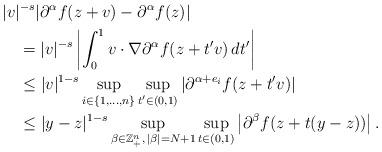
LaTeX: \begin{align*}&|v|^{-s}|\partial^\alpha f(z+v)-\partial^\alpha f(z)|\\&\quad=|v|^{-s}\left|\int_0^1v\cdot\nabla\partial^\alpha f(z+t'v)\,dt' \right| \\&\quad\leq|v|^{1-s}\sup_{i\in\{1,\ldots,n\}}\sup_{t'\in(0,1)}|\partial^{\alpha+e_i}f(z+t'v)| \\&\quad\leq|y-z|^{1-s}\sup_{\beta\in\mathbb{Z}_+^n,\,|\beta|=N+1}\sup_{t\in(0,1)}\left|\partial^{\beta}f(z+t(y-z))\right|.\end{align*}